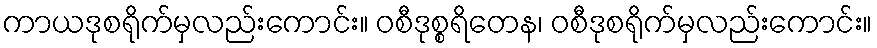
ကာယဒုစရိုက်မှလည်းကောင်း။ ဝစီဒုစ္စရိတေန၊ ဝစီဒုစရိုက်မှလည်းကောင်း။